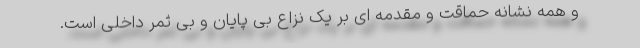
و همه نشانه حماقت و مقدمه ای بر یک نزاع بی پایان و بی ثمر داخلی است.